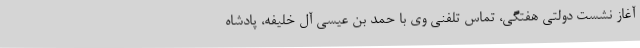
آغاز نشست دولتی هفتگی، تماس تلفنی وی با حمد بن عیسی آل خلیفه، پادشاه